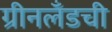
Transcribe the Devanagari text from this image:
ग्रीनलँडची